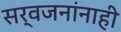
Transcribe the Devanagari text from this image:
सर्वजनांनाही